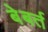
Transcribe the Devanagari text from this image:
बेबर्त